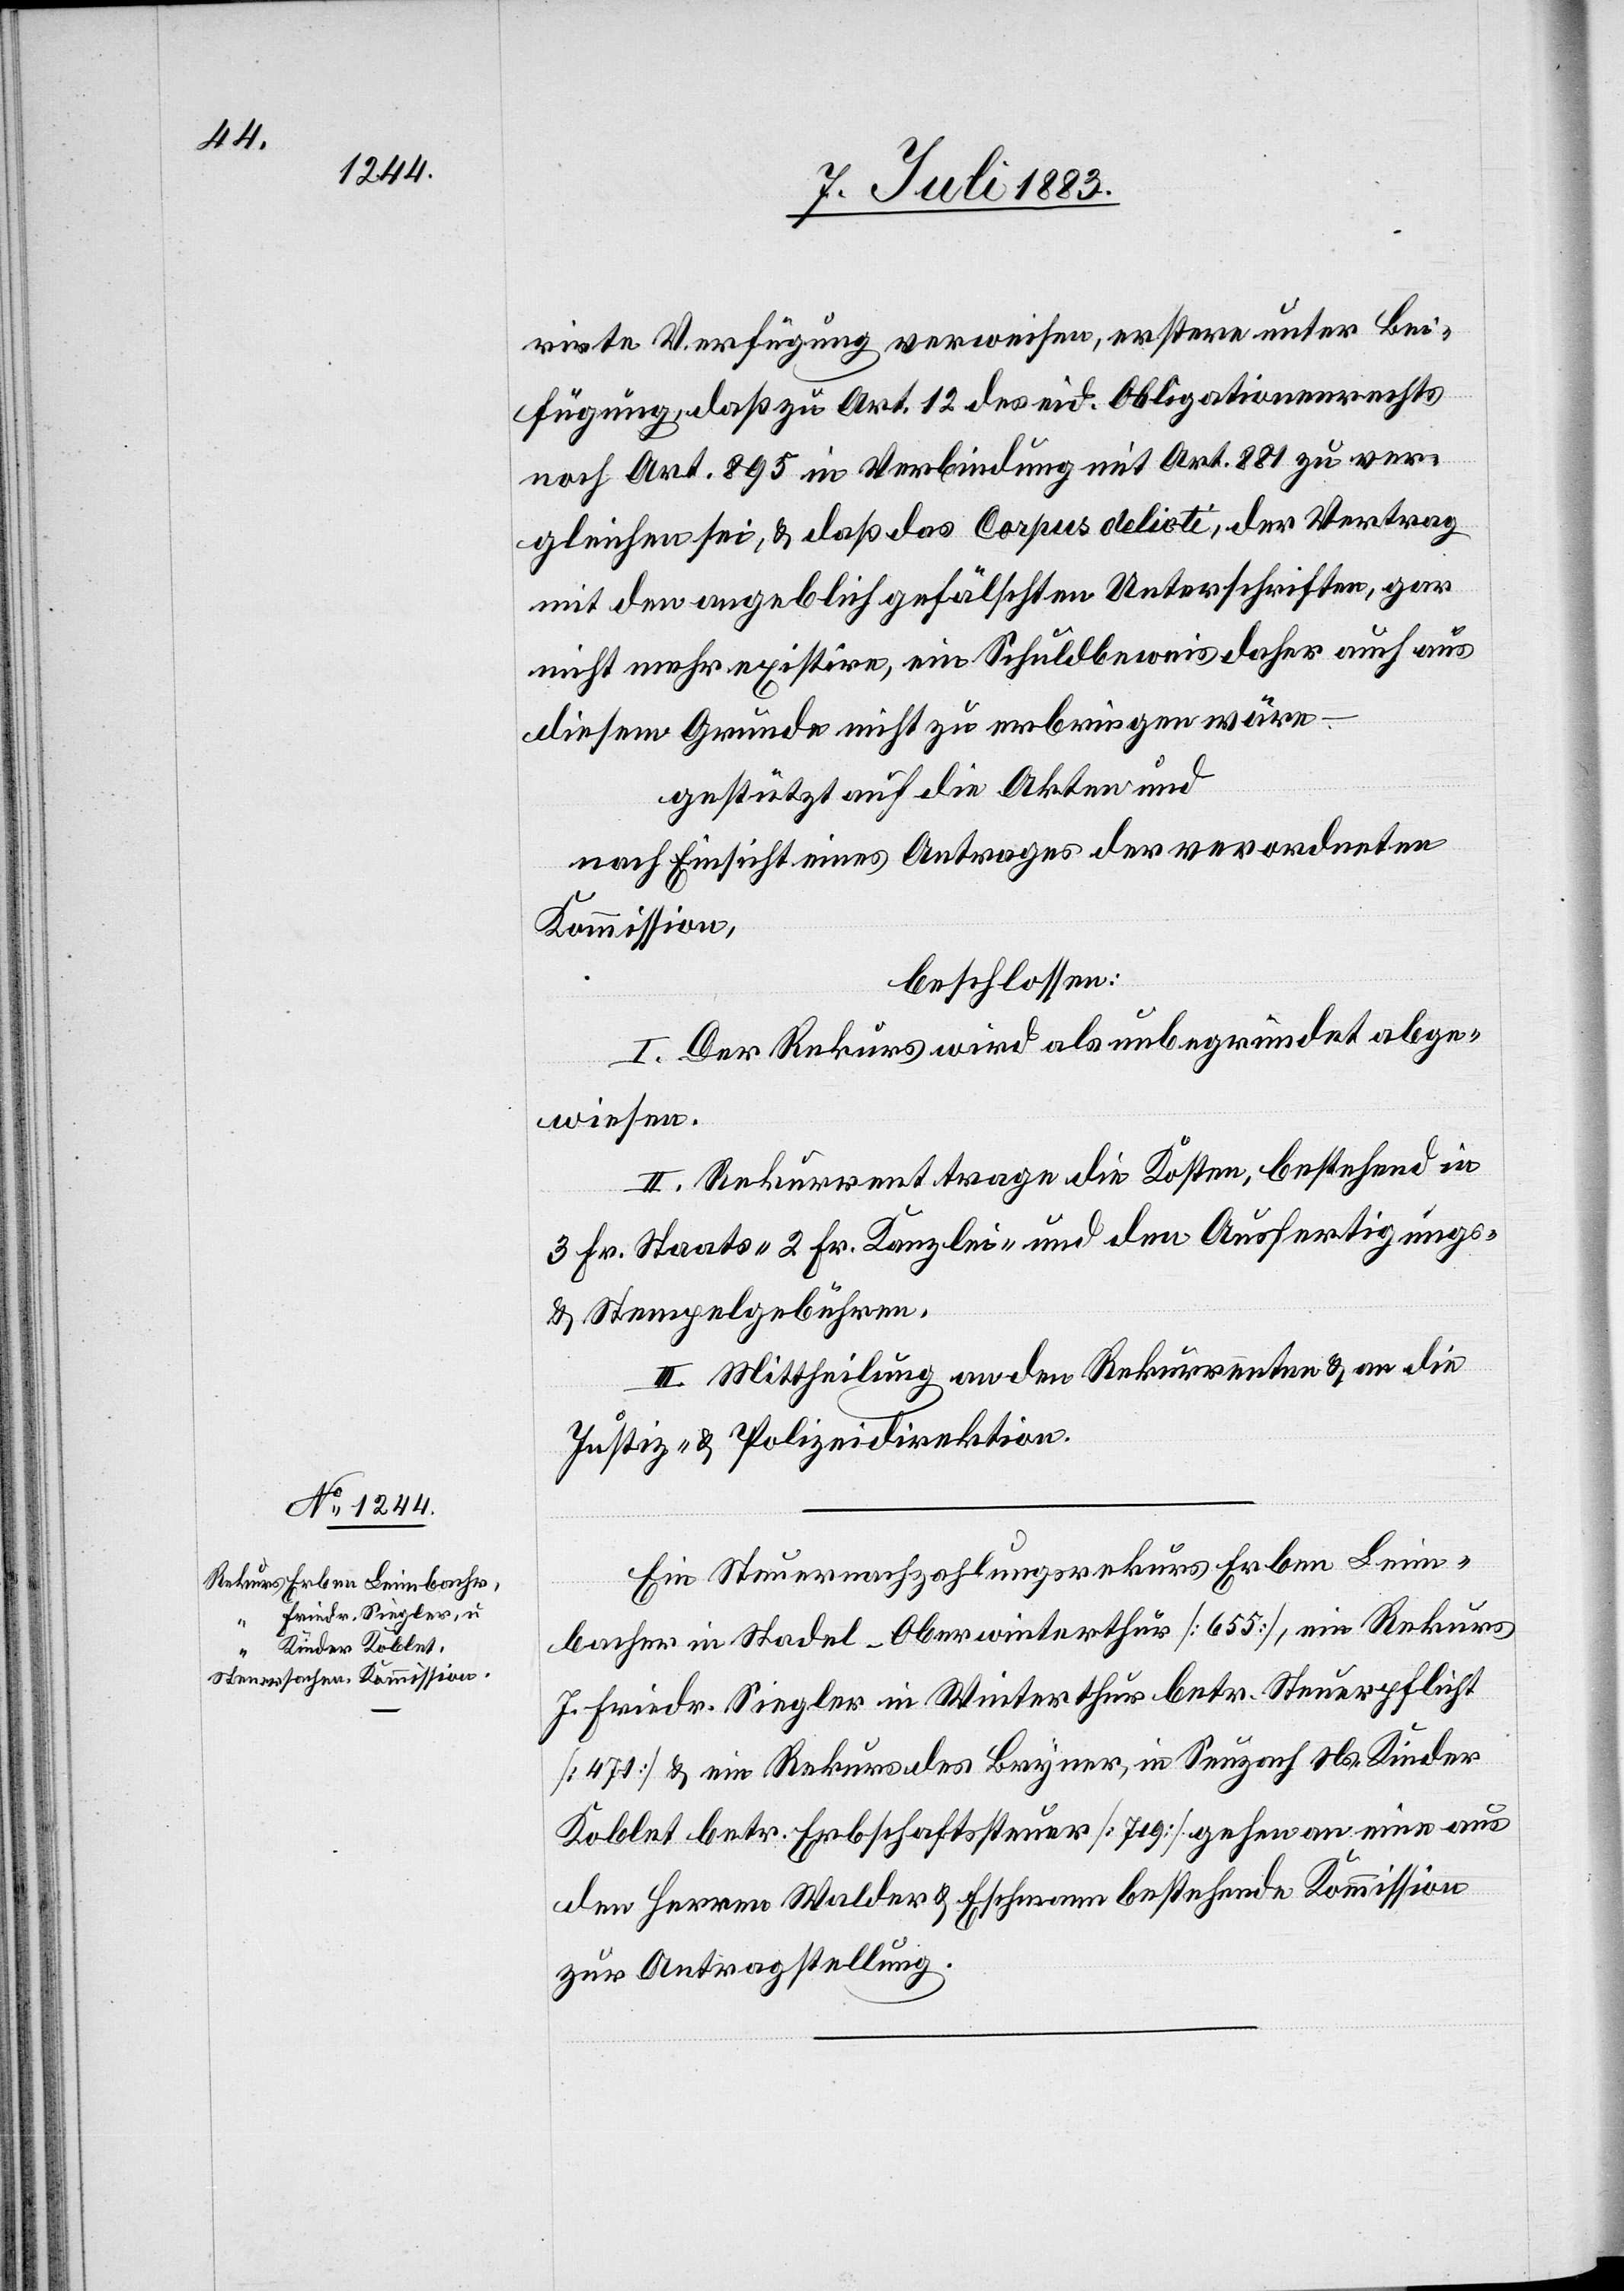
rirte Verfügung verwiesen, erstere unter Bei¬
fügung, daß zu Art. 12 des eid. Obligationenrechts
noch Art. 895 in Verbindung mit Art. 881 zu ver¬
gleichen sei, & daß das Corpus delicti, der Vertrag
mit den angeblich gefälschten Unterschriften, gar
nicht mehr existire, ein Schulbeweis daher auch aus
diesem Grunde nicht zu erbringen wäre
gestützt auf die Akten und
nach Einsicht eines Antrages der verordneten
Kommission,
beschlossen:
I. Der Rekurs wird als unbegründet abge¬
wiesen.
II. Rekurrent trage die Kosten, bestehend in
3 Fr. Staats- 2 Fr. Kanzlei- und den Ausfertigungs-
und Stempelgebühren.
III. Mittheilung an den Rekurrenten & an die
Justiz- & Polizeidirektion.
Ein Steuernachzahlungsrekurs Erben Leim¬
bacher in Stadel - Oberwinterthur [655], ein Rekurs
J. Friedr. Siegler in Winterthur betr. Steuerpflicht
[471] & ein Rekurs des Bryner, in Seuzach Ns. Kinder
Koblet betr. Erbschaftssteuer [719] gehen an eine aus
den Herren Walder & Eschmann bestehende Kommission
zur Antragstellung.